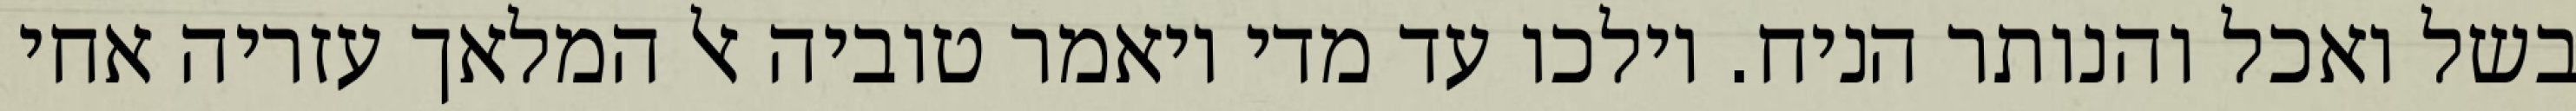
בשל ואכל והנותר הניח. וילכו עד מדי ויאמר טוביה אל המלאך עזריה אחי